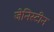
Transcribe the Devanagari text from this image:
जेनिस्टीन